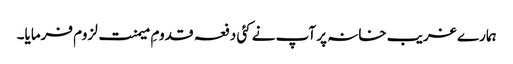
ہمارے غریب خانہ پر آپ نے کئی دفعہ قدومِ میمنت لزوم فرمایا۔